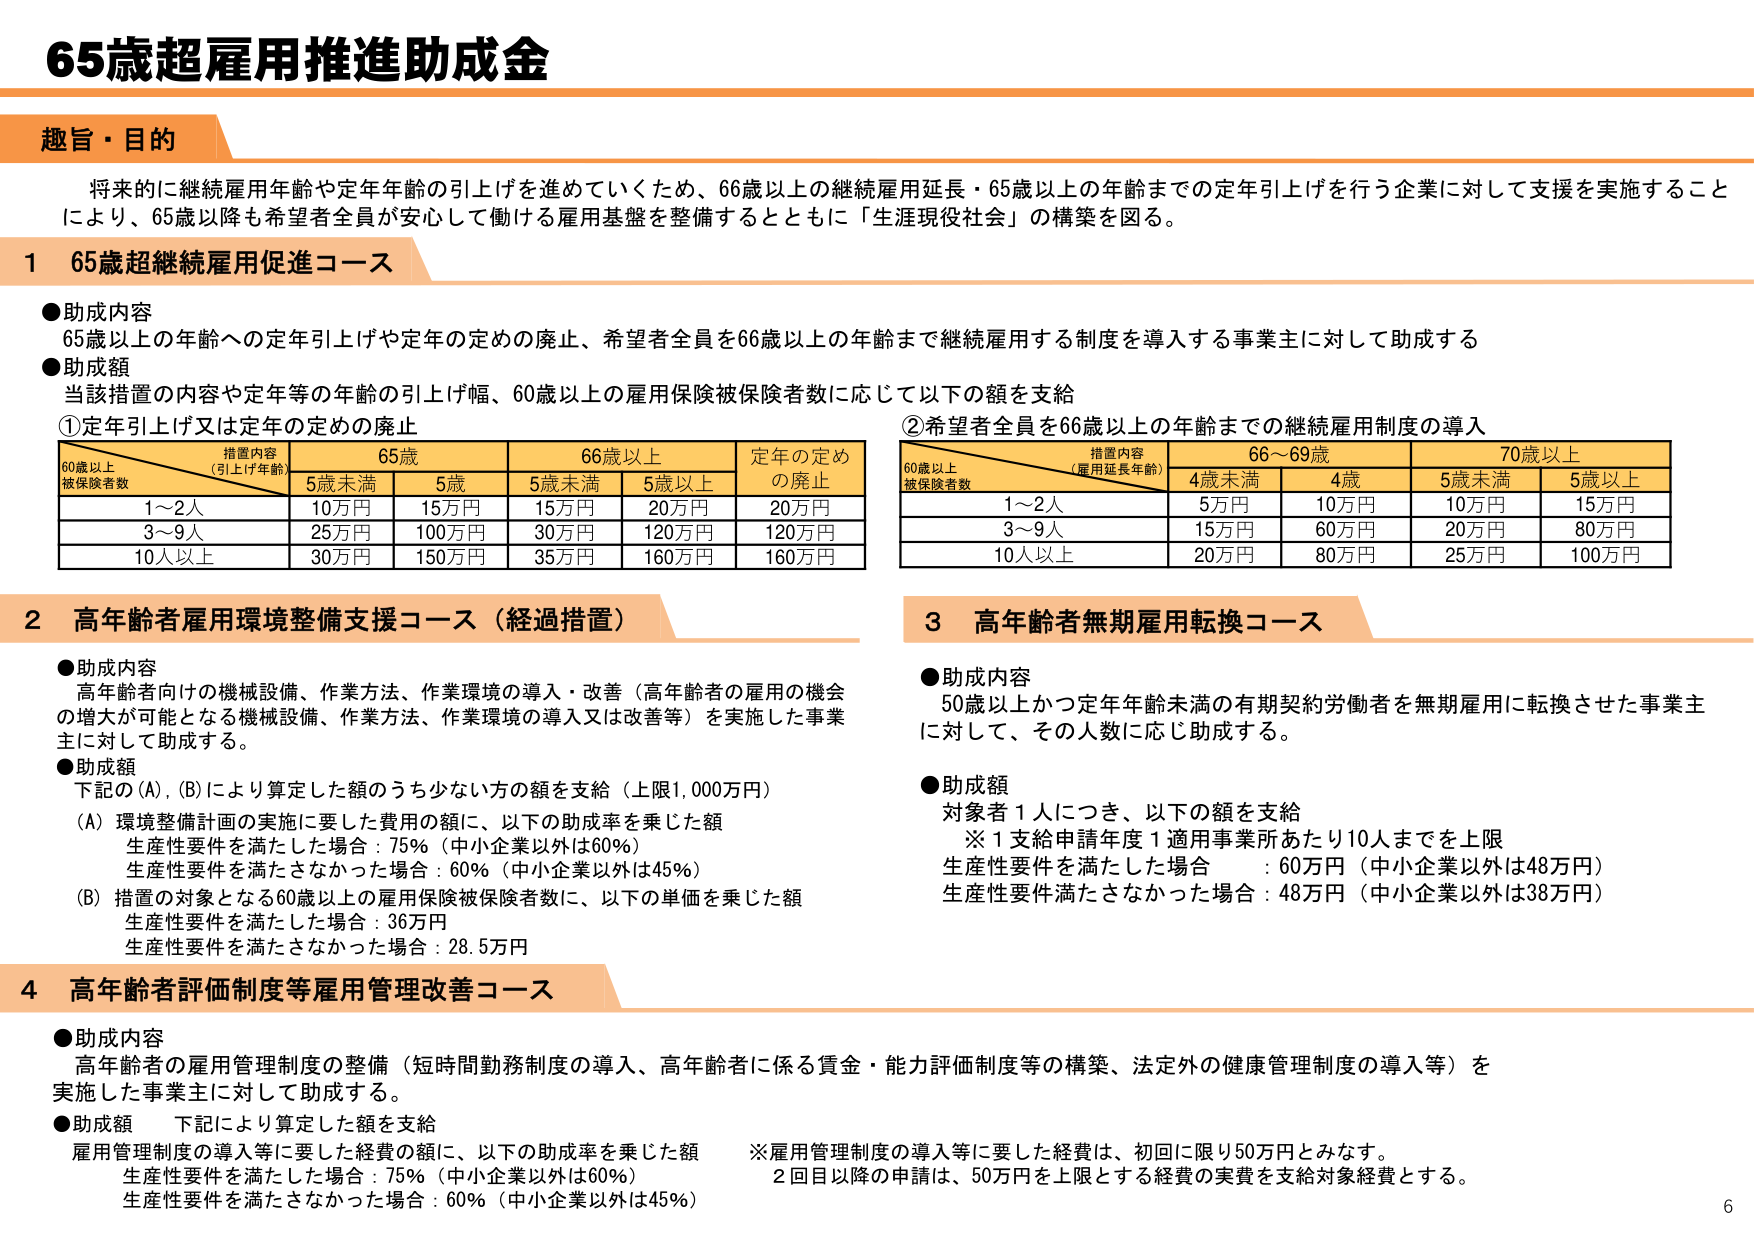
65歳超雇用推進助成金

趣旨・目的
将来的に継続雇用年齢や定年年齢の引上げを進めていくため、66歳以上の継続雇用延長・65歳以上の年齢までの定年引上げを行う企業に対して支援を実施することにより、65歳以降も希望者全員が安心して働ける雇用基盤を整備するとともに「生涯現役社会」の構築を図る。

1 65歳超継続雇用促進コース
●助成内容
65歳以上の年齢への定年引上げや定年の定めの廃止、希望者全員を66歳以上の年齢まで継続雇用する制度を導入する事業主に対して助成する
●助成額
当該措置の内容や定年等の年齢の引上げ幅、60歳以上の雇用保険被保険者数に応じて以下の額を支給
①定年引上げ又は定年の定めの廃止
措置内容（引上げ年齢）
60歳以上被保険者数
65歳
66歳以上
定年の定めの廃止
5歳未満
5歳
5歳未満
5歳以上
1～2人
10万円
15万円
15万円
20万円
20万円
3～9人
25万円
100万円
30万円
120万円
120万円
10人以上
30万円
150万円
35万円
160万円
160万円
②希望者全員を66歳以上の年齢までの継続雇用制度の導入
措置内容（雇用延長年齢）
60歳以上被保険者数
66～69歳
70歳以上
4歳未満
4歳
5歳未満
5歳以上
1～2人
5万円
10万円
10万円
15万円
3～9人
15万円
60万円
20万円
80万円
10人以上
20万円
80万円
25万円
100万円

2 高年齢者雇用環境整備支援コース（経過措置）
●助成内容
高年齢者向けの機械設備、作業方法、作業環境の導入・改善（高年齢者の雇用の機会の増大が可能となる機械設備、作業方法、作業環境の導入又は改善等）を実施した事業主に対して助成する。
●助成額
下記の(A)、(B)により算定した額のうち少ない方の額を支給（上限1,000万円）
(A) 環境整備計画の実施に要した費用の額に、以下の助成率を乗じた額
生産性要件を満たした場合：75%（中小企業以外は60%）
生産性要件を満たさなかった場合：60%（中小企業以外は45%）
(B) 措置の対象となる60歳以上の雇用保険被保険者数に、以下の単価を乗じた額
生産性要件を満たした場合：36万円
生産性要件を満たさなかった場合：28.5万円

3 高年齢者無期雇用転換コース
●助成内容
50歳以上かつ定年年齢未満の有期契約労働者を無期雇用に転換させた事業主に対して、その人数に応じ助成する。
●助成額
対象者1人につき、以下の額を支給
※1支給申請年度1適用事業所あたり10人までを上限
生産性要件を満たした場合：60万円（中小企業以外は48万円）
生産性要件を満たさなかった場合：48万円（中小企業以外は38万円）

4 高年齢者評価制度等雇用管理改善コース
●助成内容
高年齢者の雇用管理制度の整備（短時間勤務制度の導入、高年齢者に係る賃金・能力評価制度等の構築、法定外の健康管理制の導入等）を実施した事業主に対して助成する。
●助成額 下記により算定した額を支給
雇用管理制度の導入等に要した経費の額に、以下の助成率を乗じた額
生産性要件を満たした場合：75%（中小企業以外は60%）
生産性要件を満たさなかった場合：60%（中小企業以外は45%）
※雇用管理制度の導入等に要した経費は、初回に限り50万円とみなす。
2回目以降の申請は、50万円を上限とする経費の実費を支給対象経費とする。

6